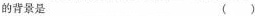
的背景是 ( )